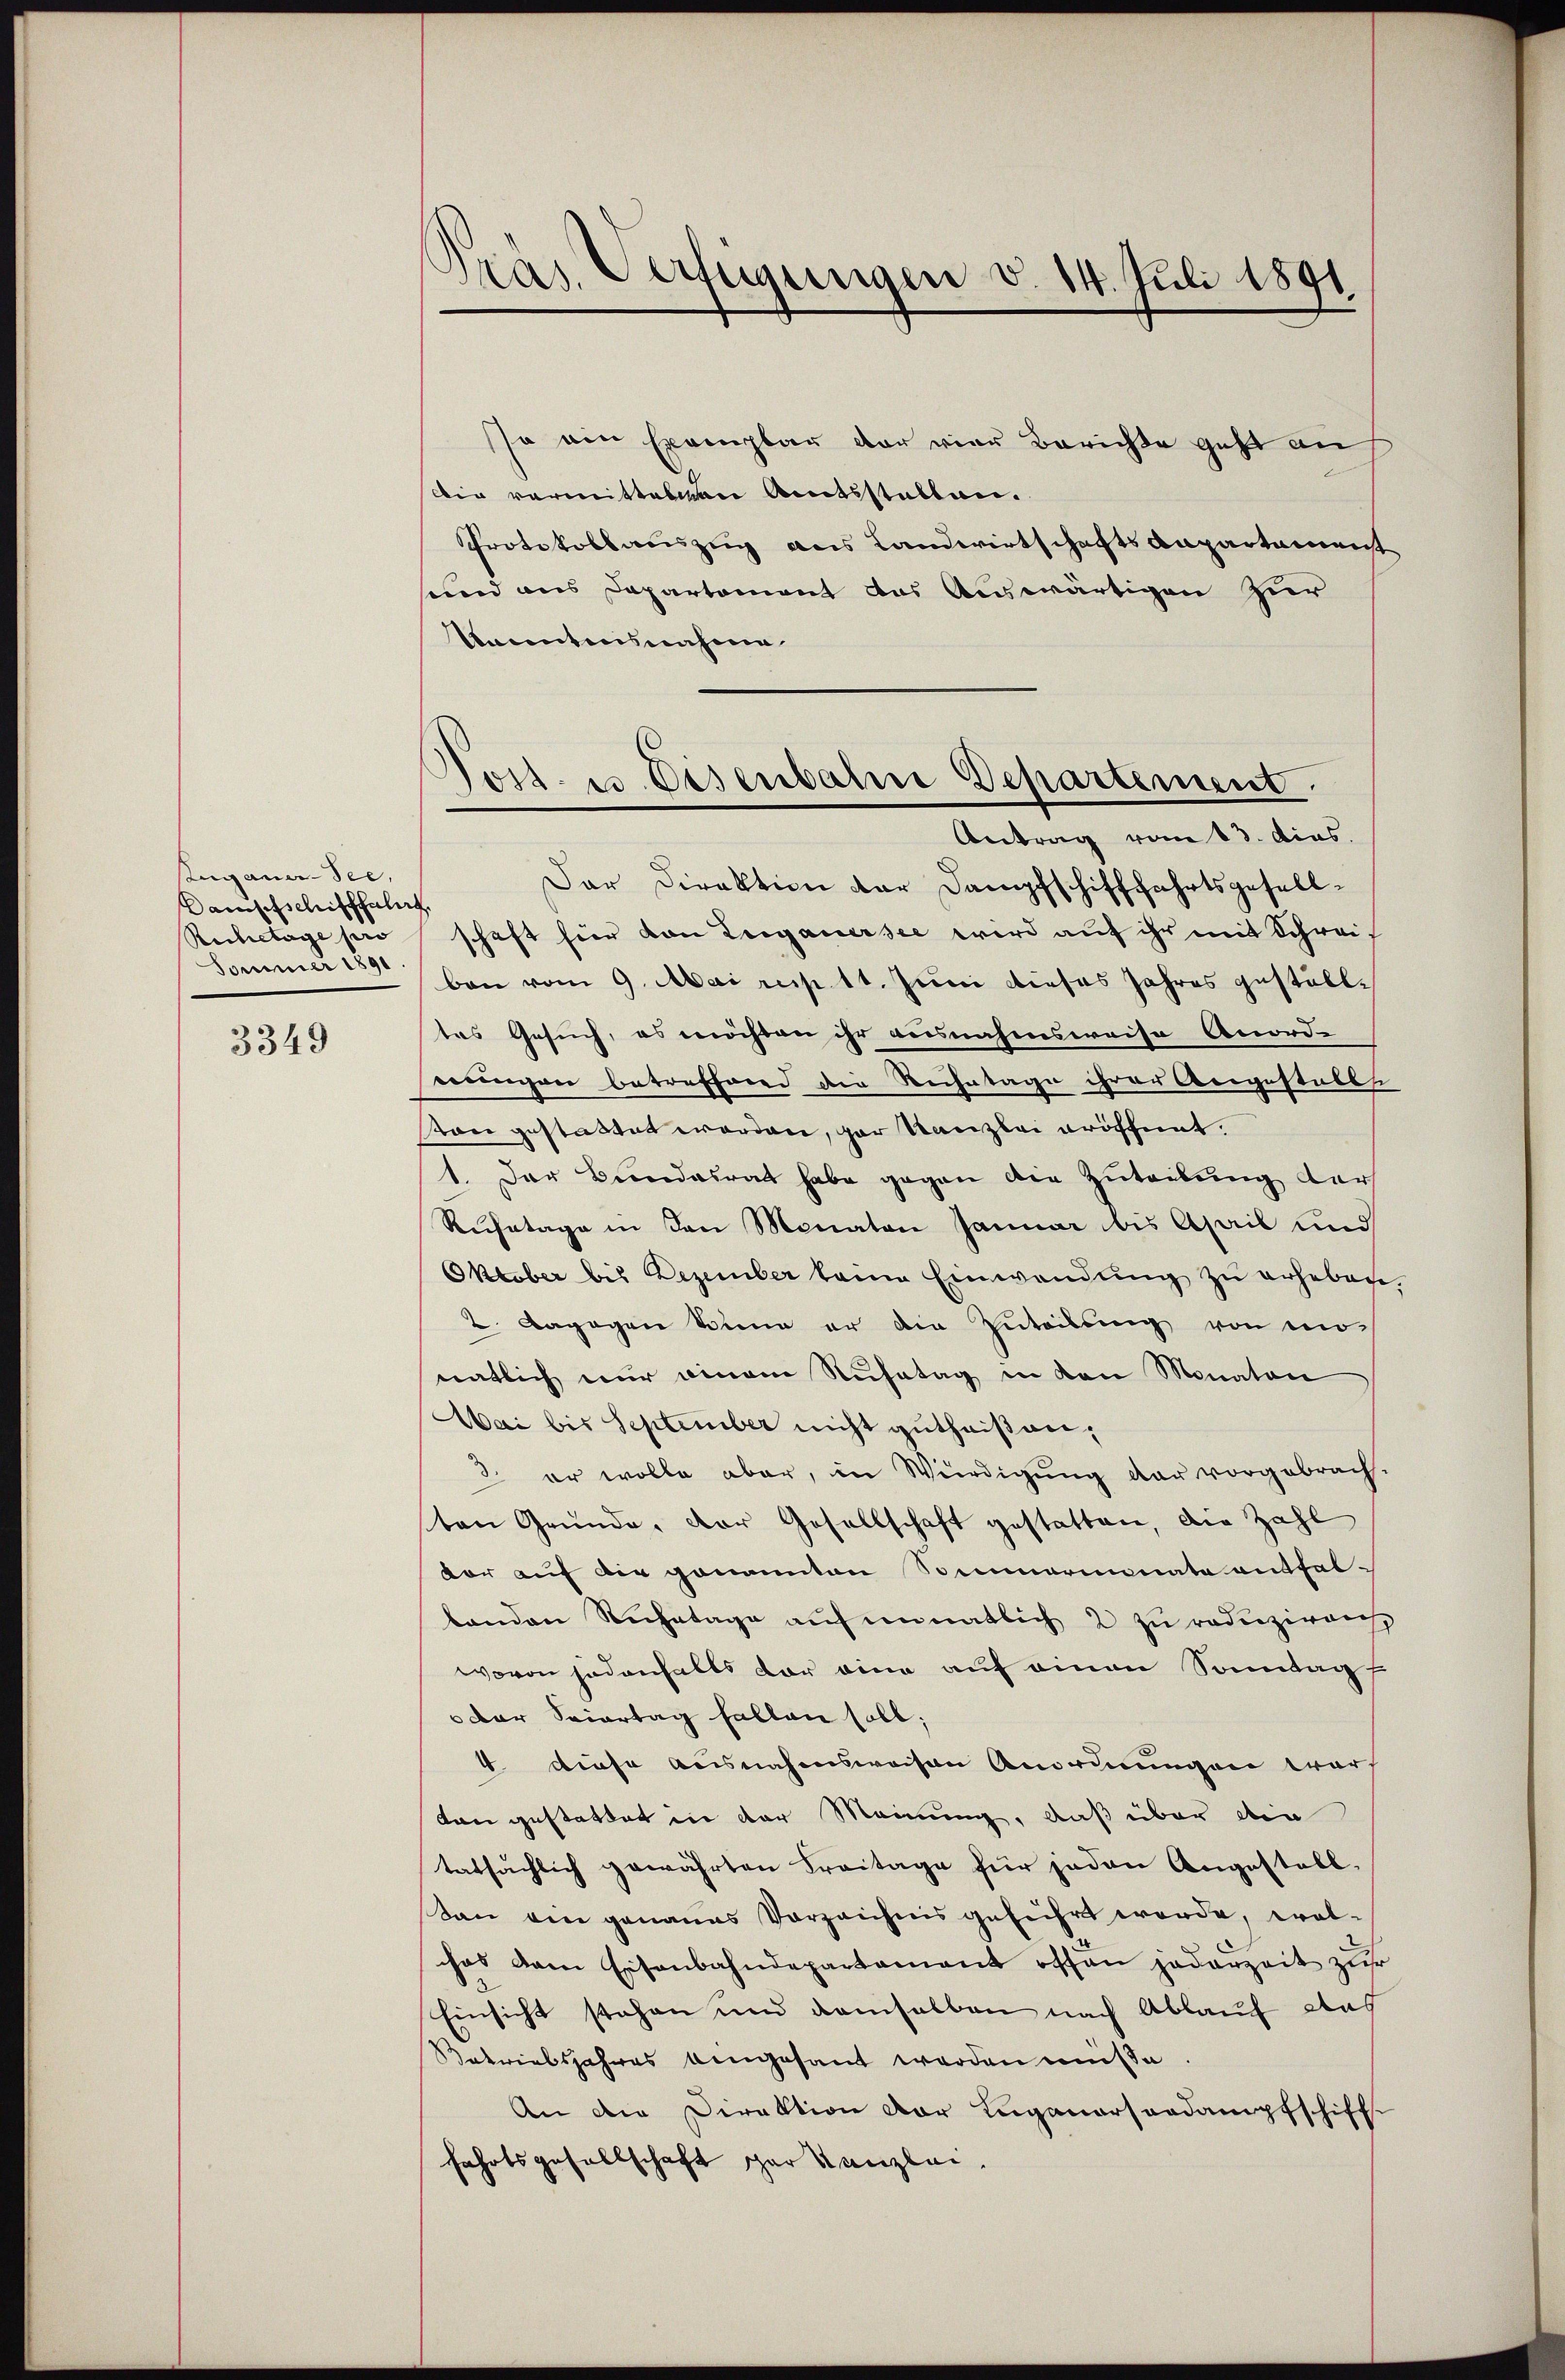
Luganer-See,
Damschschischhalt
Ruchetage pro
Jounner 1891
3349

Präs. Verfügungen v. 14. Juli 1891.

so ein Exemplar der vier Berichte geht auf
lig vormittelten Amtsstatten.
Protokollauszug aus Landwirtschaftsdepartamenst
sund aus Departement das Auswärtigen zur
Kocentensnahme

Dar Direktion der Dampfschifffahrtsgesellschaft hier von Luganersee wird auf ihr mit Schreiben vom 9. Mai resp. 11. Juni dieses Jahres gestalltes Gesuch, es möchten ihr ausnahmsweise Anord-
eingen betreffend die Reihetage ihrer Angestalls
ston gestattet worden, gar Kanzlei eröffnet.
1. Der Bundesrat habe gegen die Zuteilung der
Ruhetage in den Monaten Januar bis April und
Oktober bis Dezember kame Einwendŭng zŭ erheben.
2 dagegen Sinn er die Zuteilung von un-
natlich nur einem Ruhetag in den Monaten
Mai bis September nicht gutheißen,
2. er wolle aber, in Würdigung der vorgebrach.
ten Grunde, der Gesellschaft gestatten, die Zahl
vor auf die genannten Sommermonate entfal-
banden Ruhetage aŭf einatlich 2 zu reduziren
wovon jedenfalls vor eine auf einen Sonntag
der Seiertag fallen soll;
4. diese ausnahmsweisen Anordnungen war
Von gestattet in der Meinung, daß über die
tatsächlich gewährten Freitage für jeden Angestall¬
San ain genaues Vorzeichnis geführt worde, wolchas dem Eisenbahndepartament offen jederzeit zur
Einsicht stehen und demselben nach Ablauf aus
Betriebsjahres bengesant werden müße
An die Direktion der Luganorsordampfschiff
fahrtsgesellschaft gar Kanzlei,

Joss- u. Deslubahne Departement
Antrag vom 13. dies.